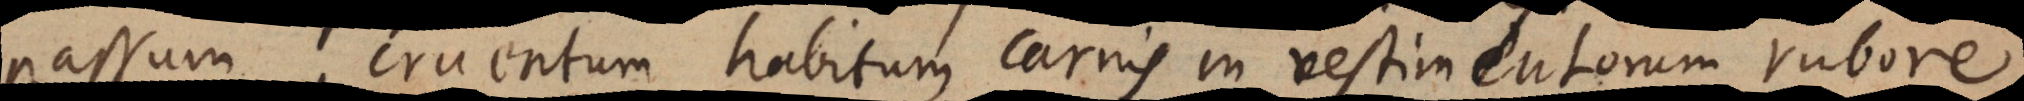
passum, cruentum habitum carnis in vestimentorum rubore